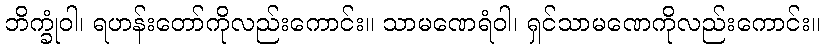
ဘိက္ခုံဝါ၊ ရဟန်းတော်ကိုလည်းကောင်း။ သာမဏေရံဝါ၊ ရှင်သာမဏေကိုလည်းကောင်း။